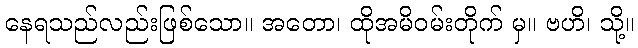
နေရသည်လည်းဖြစ်သော။ အတော၊ ထိုအမိဝမ်းတိုက် မှ။ ဗဟိ၊ သို့။